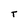
Character: T